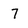
Character: 7